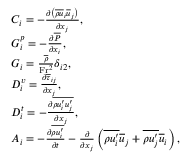
\begin{array} { r l } & { C _ { i } = - \frac { \partial \left( \overline { { \rho } } \overline { { u } } _ { i } \overline { { u } } _ { j } \right) } { \partial x _ { j } } , } \\ & { G _ { i } ^ { p } = - \frac { \partial \overline { { P } } } { \partial x _ { i } } , } \\ & { G _ { i } = \frac { \overline { { \rho } } } { \mathrm { F r } ^ { 2 } } \delta _ { i 2 } , } \\ & { D _ { i } ^ { v } = \frac { \partial \overline { { \tau } } _ { i j } } { \partial x _ { j } } , } \\ & { D _ { i } ^ { t } = - \frac { \partial \overline { { \rho u _ { i } ^ { \prime } u _ { j } ^ { \prime } } } } { \partial x _ { j } } , } \\ & { A _ { i } = - \frac { \partial \overline { { \rho u _ { i } ^ { \prime } } } } { \partial t } - \frac { \partial } { \partial x _ { j } } \left( \overline { { \rho u _ { i } ^ { \prime } } } \overline { { u } } _ { j } + \overline { { \rho u _ { j } ^ { \prime } } } \overline { { u } } _ { i } \right) , } \end{array}